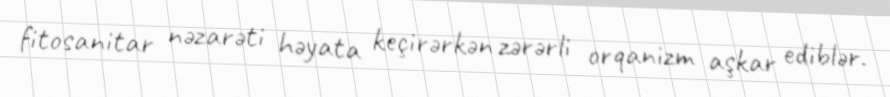
fitosanitar nəzarəti həyata keçirərkən zərərli orqanizm aşkar ediblər.